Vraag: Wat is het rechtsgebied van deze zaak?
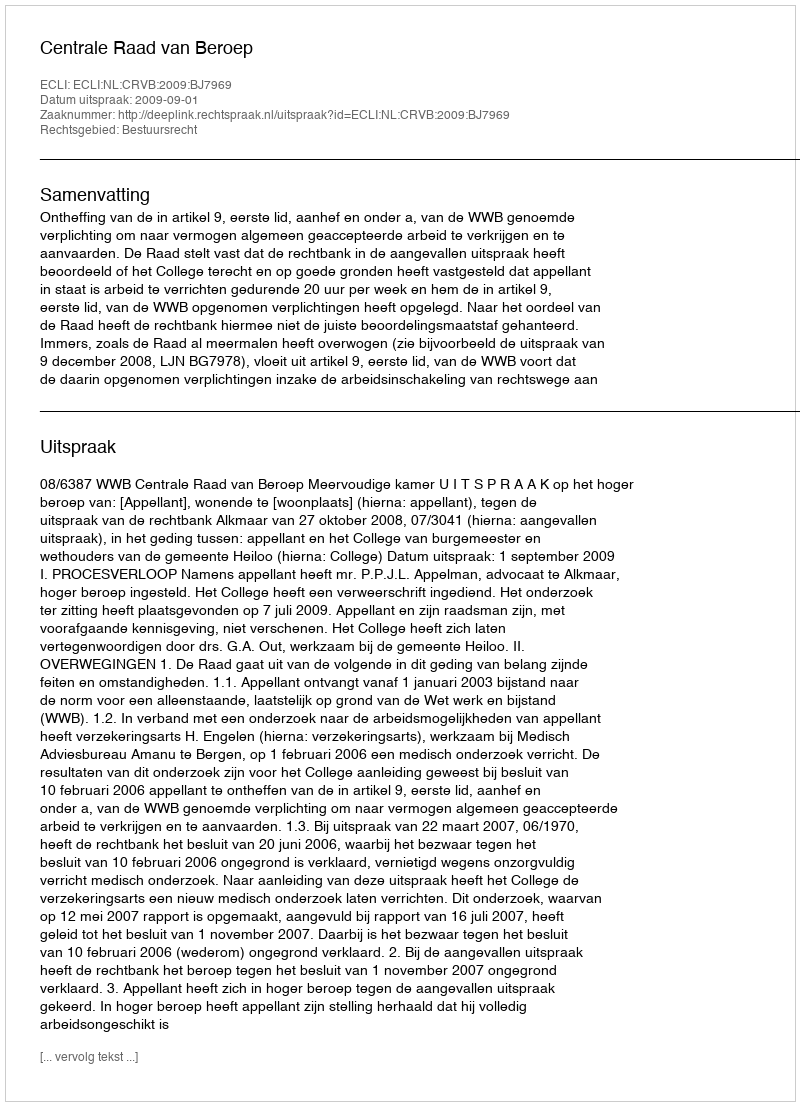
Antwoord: Bestuursrecht